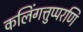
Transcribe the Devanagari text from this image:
कलिंगत्तुप्परणि